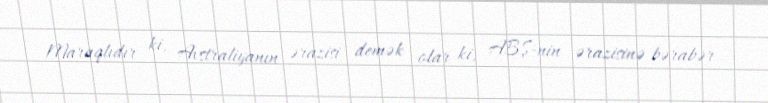
Maraqlıdır ki, Avstraliyanın ərazisi demək olar ki, ABŞ-nin ərazisinə bərabər